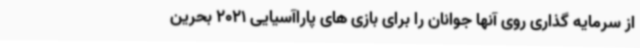
از سرمایه گذاری روی آنها جوانان را برای بازی های پاراآسیایی 2021 بحرین